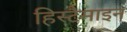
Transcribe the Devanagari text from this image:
हिस्टैमाइन